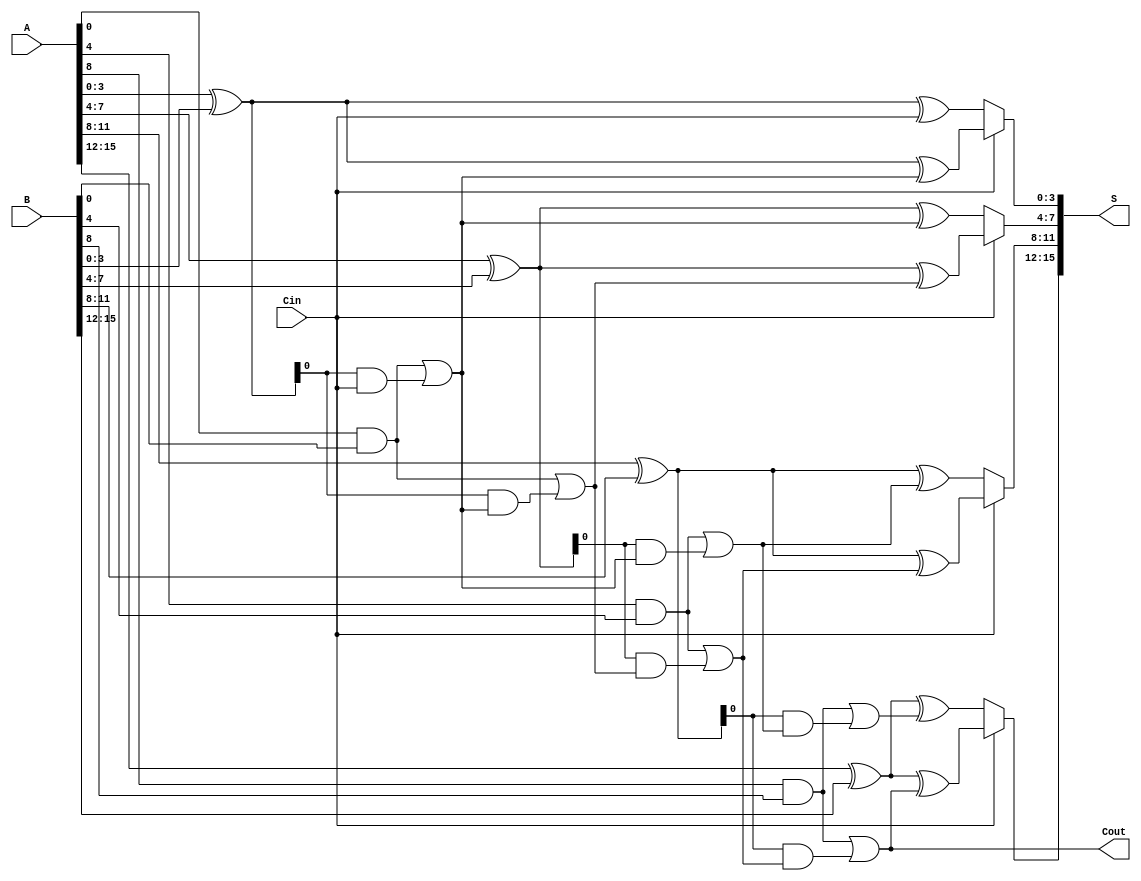
module CarrySelectAdder #(parameter N = 16, parameter M = 4) (
    input [N-1:0] A,
    input [N-1:0] B,
    input Cin,
    output [N-1:0] S,
    output Cout
);

    localparam NUM_SEGMENTS = N / M;

    // Internal signals for sum and carry
    wire [N-1:0] S0, S1; // Sums for Cin = 0 and Cin = 1
    wire [NUM_SEGMENTS:0] C0, C1; // Carry outputs for Cin = 0 and Cin = 1

    // Generate and propagate signals for each segment
    wire [M-1:0] P [0:NUM_SEGMENTS-1]; // Propagate signals
    wire [M-1:0] G [0:NUM_SEGMENTS-1]; // Generate signals

    // Generate sum and carry for each segment
    genvar i;
    generate
        for (i = 0; i < NUM_SEGMENTS; i = i + 1) begin : segment
            // Calculate propagate and generate signals
            assign P[i] = A[M*i +: M] ^ B[M*i +: M];
            assign G[i] = A[M*i +: M] & B[M*i +: M];

            // Calculate sum for Cin = 0
            assign S0[M*i +: M] = P[i] ^ C0[i];
            // Calculate sum for Cin = 1
            assign S1[M*i +: M] = P[i] ^ C1[i];

            // Carry lookahead logic
            if (i == 0) begin
                assign C0[i] = Cin;
                assign C1[i] = G[i] | (P[i] & Cin);
            end else begin
                assign C0[i] = G[i-1] | (P[i-1] & C0[i-1]);
                assign C1[i] = G[i-1] | (P[i-1] & C1[i-1]);
            end
        end
    endgenerate

    // Final carry-out
    assign Cout = C1[NUM_SEGMENTS-1];

    // Multiplexer to select the final sum based on Cin
    generate
        for (i = 0; i < NUM_SEGMENTS; i = i + 1) begin : mux
            assign S[M*i +: M] = Cin ? S1[M*i +: M] : S0[M*i +: M];
        end
    endgenerate

endmodule